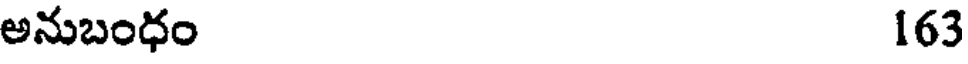
అనుబంధం 163